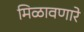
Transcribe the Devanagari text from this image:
मिळावणारे